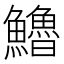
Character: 𩽈